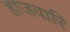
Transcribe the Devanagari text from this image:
हाजवारि